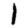
Digit: 1